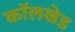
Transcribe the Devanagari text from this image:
कॉलखेड